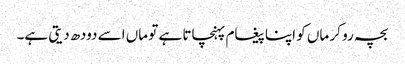
بچہ رو کر ماں کو اپنا پیغام پہنچاتا ہے تو ماں اسے دودھ دیتی ہے۔